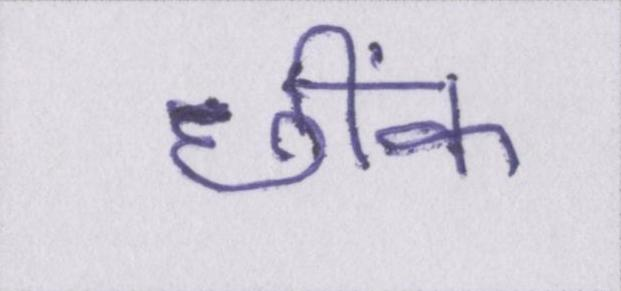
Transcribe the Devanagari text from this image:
छींक